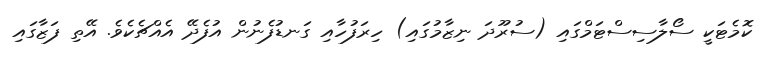
ކޮމެޓަކީ ސޯލާސިސްޓަމްގައި (ސުރޫދަ ނިޒާމުގައި) ހިރަފުހާއި ގަނޑުފެނުން އުފެދޭ އެއްޗެކެވެ. އޭތި ފަޒާގައި